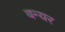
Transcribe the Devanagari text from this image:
वन्यर